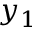
y _ { 1 }